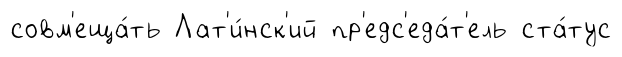
совм'еща́ть Лат'и́нск'ий пр'едс'еда́т'ель ста́тус